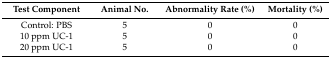
<table><thead><tr><td><b>Test Component</b></td><td><b>Animal No.</b></td><td><b>Abnormality Rate (%)</b></td><td><b>Mortality (%)</b></td></tr></thead><tbody><tr><td>Control: PBS</td><td>5</td><td>0</td><td>0</td></tr><tr><td>10 ppm UC-1</td><td>5</td><td>0</td><td>0</td></tr><tr><td>20 ppm UC-1</td><td>5</td><td>0</td><td>0</td></tr></tbody></table>